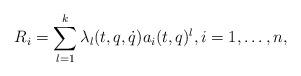
LaTeX: \begin{align*}R_i=\sum_{l=1}^k \lambda_l(t,q,\dot q) a_i(t,q)^l, i=1,\dots,n,\end{align*}